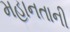
મહાનતાની